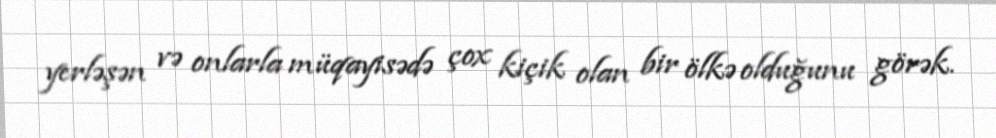
yerləşən və onlarla müqayisədə çox kiçik olan bir ölkə olduğunu görək.